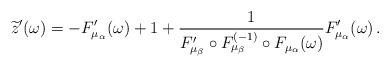
LaTeX: \begin{align*} \widetilde z'(\omega)=-F'_{\mu_\alpha}(\omega)+1+\frac{1}{F'_{\mu_\beta}\circ F_{\mu_\beta}^{(-1)}\circ F_{\mu_\alpha}(\omega)}F'_{\mu_\alpha}(\omega)\,.\end{align*}